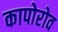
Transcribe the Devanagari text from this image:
कापोरोव